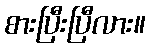
စားပြီးပြီလား။